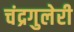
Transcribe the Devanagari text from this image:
चंद्रगुलेरी